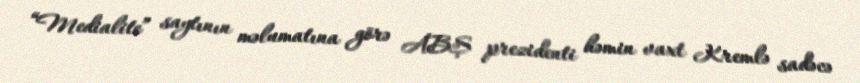
“Medialite” saytının məlumatına görə ABŞ prezidenti həmin vaxt Kremlə sadəcə